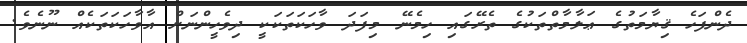
ދެންފަހެ ޤިޔާމަތުގެ ޢަލާމާތްތަކުގެ ތެރޭގައި ހިމެނޭ މިފަދަ ވާހަކަތަކަކީ ދިވެހީންނަށް އާވާހަކަތަކެއް ނޫނެވެ.